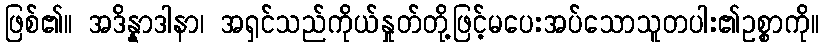
ဖြစ်၏။ အဒိန္နာဒါနာ၊ အရှင်သည်ကိုယ်နှုတ်တို့ဖြင့်မပေးအပ်သောသူတပါး၏ဥစ္စာကို။